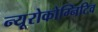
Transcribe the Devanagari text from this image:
न्यूरोकोग्निटिव